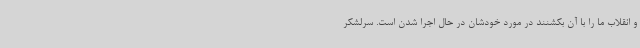
و انقلاب ما را با آن بکشنند در مورد خودشان در حال اجرا شدن است. سرلشکر